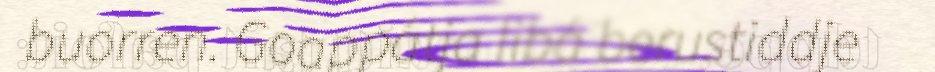
buorren. Goappátja libá berustiddje